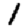
Digit: 1